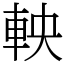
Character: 軮